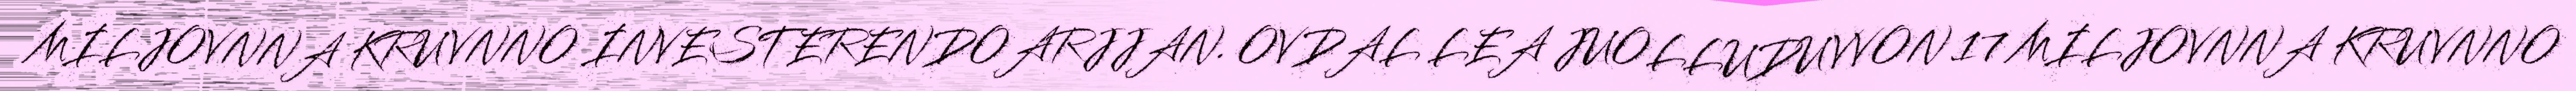
MILJOVNNA KRUVNNO INVESTERENDOARJJAN. OVDAL LEA JUOLLUDUVVON 17 MILJOVNNA KRUVNNO